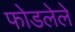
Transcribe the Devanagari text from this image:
फोडलेले